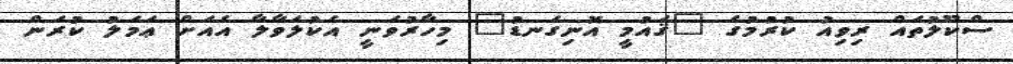
ސްކޫލުތައް ރިވިއު ކުރުމުގެ "ޤައުމީ އޮނިގަނޑު" މިހާރުވަނީ އެކުލަވާލާ އެއަށް ޢަމަލު ކުރަން